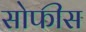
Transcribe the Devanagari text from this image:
सोफीस